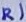
Text: R1